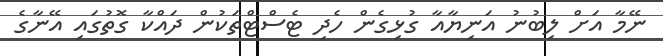
ނޭމާ އަށް ލިބުނު އަނިޔާއާ ގުޅިގެން ހެދި ޓެސްޓްތަކުން ދައްކާ ގޮތުގައި އޭނާގެ